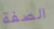
الصفة